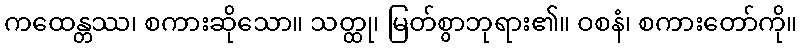
ကထေန္တဿ၊ စကားဆိုသော။ သတ္ထု၊ မြတ်စွာဘုရား၏။ ဝစနံ၊ စကားတော်ကို။